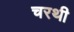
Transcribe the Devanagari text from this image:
चरथी